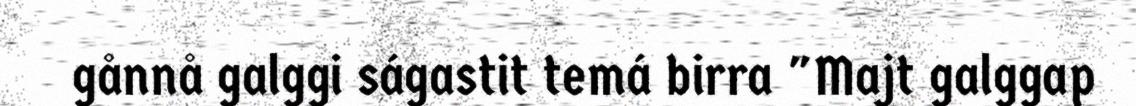
gånnå galggi ságastit temá birra "Majt galggap